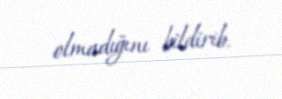
olmadığını bildirib.